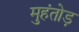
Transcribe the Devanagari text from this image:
मुहंतोड़